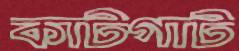
কাটগাট